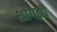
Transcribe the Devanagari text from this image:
शांगझी